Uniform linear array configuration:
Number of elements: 4
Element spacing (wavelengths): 0.5
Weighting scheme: binomial
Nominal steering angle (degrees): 0
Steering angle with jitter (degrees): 1.39
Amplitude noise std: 0.05
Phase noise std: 0.05

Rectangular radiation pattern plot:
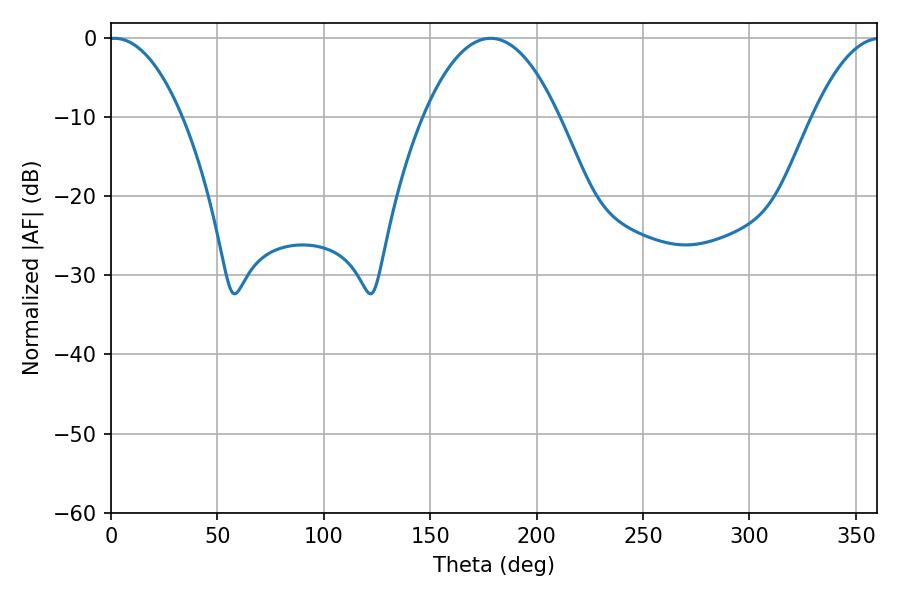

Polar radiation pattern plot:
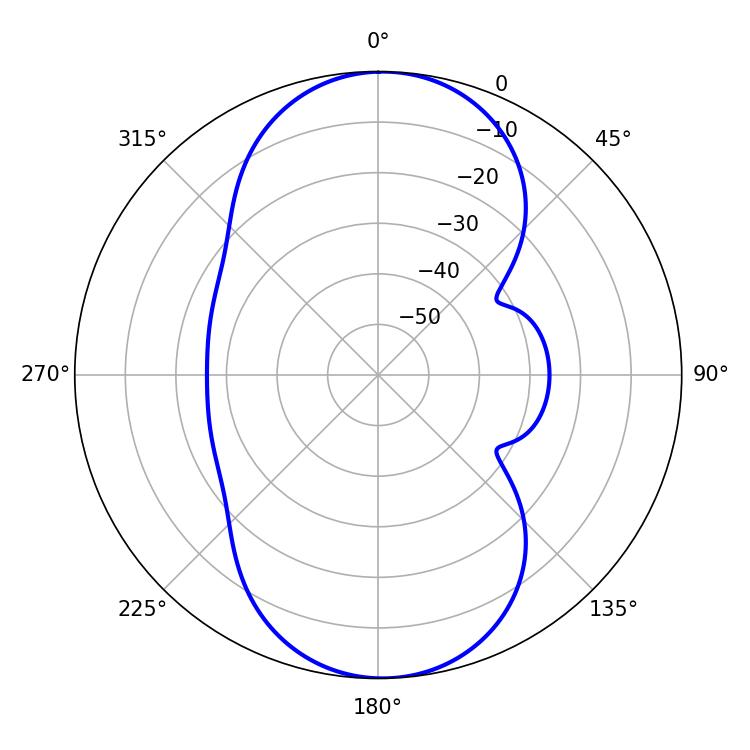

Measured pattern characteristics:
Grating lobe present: FALSE
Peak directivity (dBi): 18.642
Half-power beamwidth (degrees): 35.28
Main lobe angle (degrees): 178.38